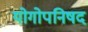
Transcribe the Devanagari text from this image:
योगोपनिषद